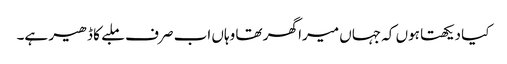
کیا دیکھتا ہوں کہ جہاں میرا گھر تھا وہاں اب صرف ملبے کا ڈھیر ہے۔